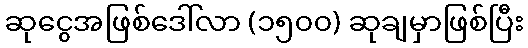
ဆုငွေအဖြစ်ဒေါ်လာ (၁၅၀၀) ဆုချမှာဖြစ်ပြီး